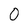
Character: 0